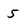
Character: 5